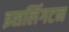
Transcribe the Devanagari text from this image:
इसलिंगटन